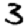
Digit: 3